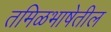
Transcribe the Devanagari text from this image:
तमिळभाषेतील